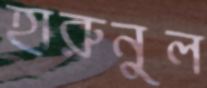
হারুনুল